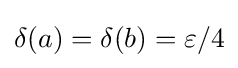
\delta (a)=\delta (b)=\varepsilon /4